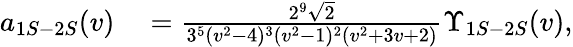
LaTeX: \begin{array}{rl}{a_{1S-2S}(v)}&{{}=\frac{2^{9}\sqrt{2}}{3^{5}(v^{2}-4)^{3}(v^{2}-1)^{2}(v^{2}+3v+2)}\Upsilon_{1S-2S}(v),}\end{array}